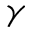
\gamma